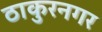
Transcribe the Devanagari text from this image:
ठाकुरनगर